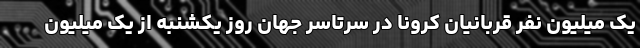
یک میلیون نفر قربانیان کرونا در سرتاسر جهان روز یکشنبه از یک میلیون